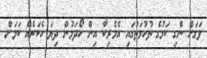
ވަގަށް ނެގި ކަމުގެ ތުހުމަތުގައި އެމެރިކާ އިން ހޯދަމުން ދިޔަ ހެކަރެއް ކަމަށް